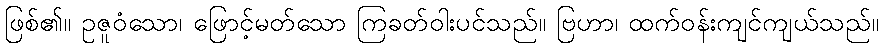
ဖြစ်၏။ ဥဇူဝံသော၊ ဖြောင့်မတ်သော ကြခတ်ဝါးပင်သည်။ ဗြဟာ၊ ထက်ဝန်းကျင်ကျယ်သည်။